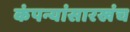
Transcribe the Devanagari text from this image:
कंपन्यांसारखंच